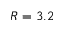
R = 3 . 2